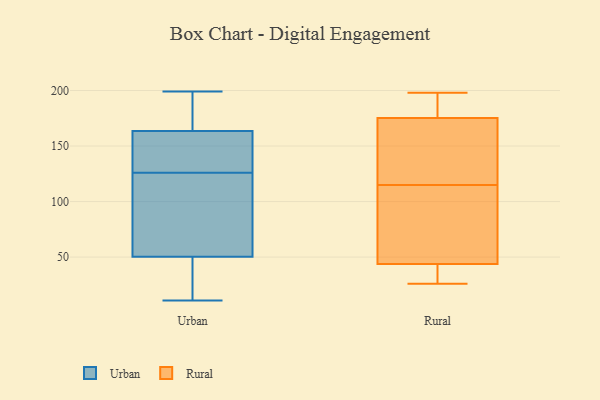
{"axis": {"x": "Gross Profit (USD K)", "y": "Value"}, "legend": ["Rural", "Urban"], "data": [{"x": "", "y": 145, "type": "Urban"}, {"x": "", "y": 180, "type": "Urban"}, {"x": "", "y": 54, "type": "Urban"}, {"x": "", "y": 49, "type": "Urban"}, {"x": "", "y": 11, "type": "Urban"}, {"x": "", "y": 126, "type": "Urban"}, {"x": "", "y": 162, "type": "Urban"}, {"x": "", "y": 199, "type": "Urban"}, {"x": "", "y": 110, "type": "Urban"}, {"x": "", "y": 164, "type": "Urban"}, {"x": "", "y": 18, "type": "Urban"}, {"x": "", "y": 149, "type": "Rural"}, {"x": "", "y": 198, "type": "Rural"}, {"x": "", "y": 55, "type": "Rural"}, {"x": "", "y": 197, "type": "Rural"}, {"x": "", "y": 64, "type": "Rural"}, {"x": "", "y": 145, "type": "Rural"}, {"x": "", "y": 26, "type": "Rural"}, {"x": "", "y": 35, "type": "Rural"}, {"x": "", "y": 40, "type": "Rural"}, {"x": "", "y": 184, "type": "Rural"}, {"x": "", "y": 115, "type": "Rural"}]}